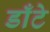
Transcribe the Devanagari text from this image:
डाँटे